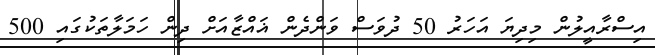
އިސްރާއީލުން މިދިޔަ އަހަރު 50 ދުވަސް ވަންދެން ޣައްޒާއަށް ދިން ހަމަލާތަކުގައި 500